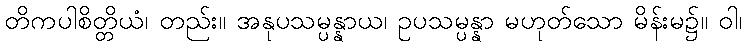
တိကပါစိတ္တိယံ၊ တည်း။ အနုပသမ္ပန္နာယ၊ ဥပသမ္ပန္နာ မဟုတ်သော မိန်းမ၌။ ဝါ၊